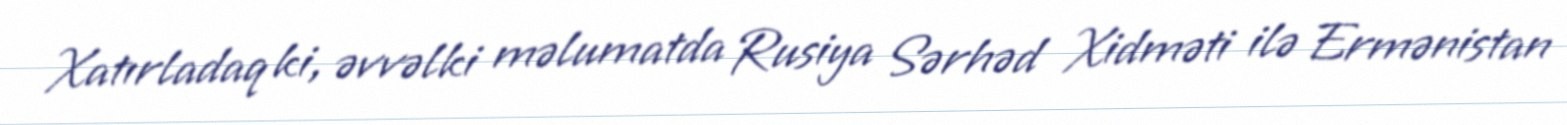
Xatırladaq ki, əvvəlki məlumatda Rusiya Sərhəd Xidməti ilə Ermənistan